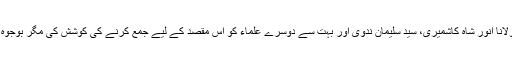
اقبال نے مولانا انور شاہ کاشمیری، سید سلیمان ندوی اور بہت سے دوسرے علماء کو اس مقصد کے لیے جمع کرنے کی کوشش کی مگر بوجوہ ناکام رہے۔